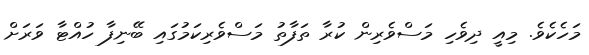
މަހެކެވެ. މިއީ ދިވެހި މަސްވެރިން ކުރާ ތަފާތު މަސްވެރިކަމުގައި ބޭނިފާ ހުއްޓާ ވަރަށް